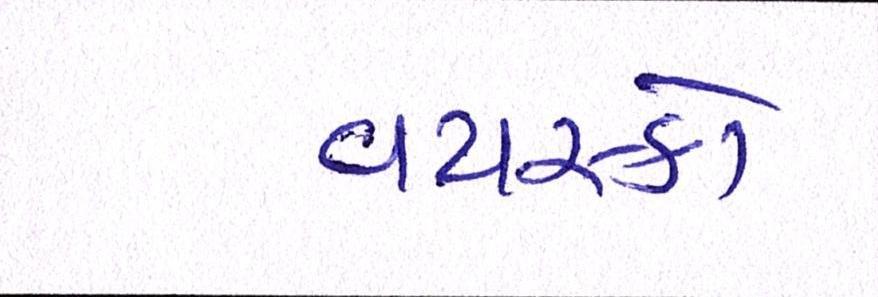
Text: વયસ્કો